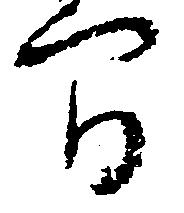
間